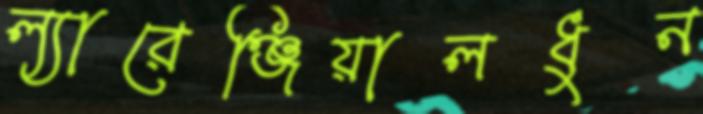
ল্যারেঞ্জিয়ালধুন